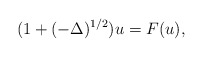
\begin{align*} (1+(-\Delta)^{1/2})u=F(u), \end{align*}